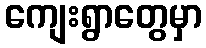
ကျေးရွာတွေမှာ